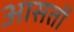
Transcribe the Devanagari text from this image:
आसतों